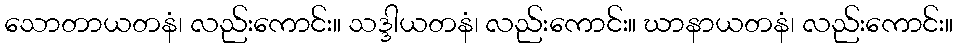
သောတာယတနံ၊ လည်းကောင်း။ သဒ္ဒါယတနံ၊ လည်းကောင်း။ ဃာနာယတနံ၊ လည်းကောင်း။